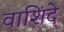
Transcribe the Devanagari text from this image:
वाशिंदे